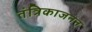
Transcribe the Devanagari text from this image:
तंत्रिकाजनन